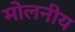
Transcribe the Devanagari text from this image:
मोलनीय